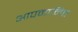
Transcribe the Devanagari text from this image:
आपमानित